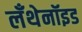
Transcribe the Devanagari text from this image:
लँथेनॉइड